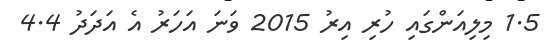
1.5 މިލިއަންގައި ހުރި އިރު 2015 ވަނަ އަހަރު އެ އަދަދު 4.4